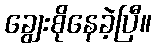
ချွေးစိုနေခဲ့ပြီ။